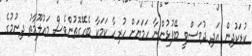
ކުޑަކުދިން އަދި ދުވަސްވީ ބޭފުޅުންނާ ހަމަޔަށް ހުރިހާ ކަމަކާ ބެހޭގޮތުންވެސް މައުލޫމާތު ދިނުމުގެ